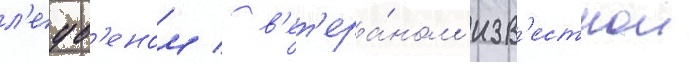
л'еув'еном / в'ет'ера́ном изв'естнои